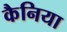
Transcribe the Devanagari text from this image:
कैनिया